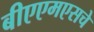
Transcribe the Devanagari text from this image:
बीएएमएसचे